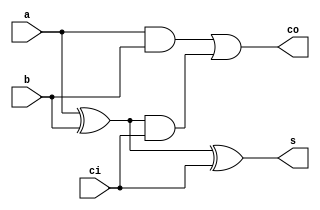

module sum(s,co,a,b,ci
    );

	output s,co;
	input a,b,ci;
	wire r,su,t;

	xor xor1(r,a,b);///a(+)b
	and and1(su,a,b);///ab
	xor xor2(s,r,ci);///a(+)b(+)ci
	and and2(t,r,ci);///(a(+)b)ci
	or or1(co,su,t);

endmodule